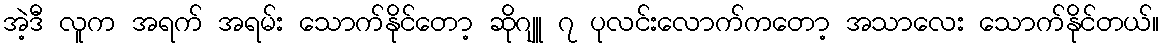
အဲ့ဒီ လူက အရက် အရမ်း သောက်နိုင်တော့ ဆိုဂျူ ၇ ပုလင်းလောက်ကတော့ အသာလေး သောက်နိုင်တယ်။